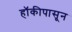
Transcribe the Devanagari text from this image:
हॉकीपासून